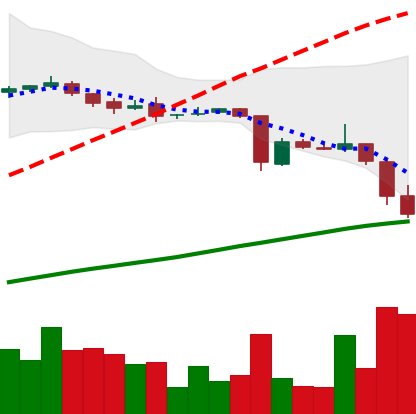
Ticker: DOGE-USD
Chart end date: 2018-10-18
Forward return: -4.879%
Label: down_3_5